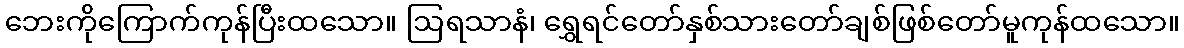
ဘေးကိုကြောက်ကုန်ပြီးထသော။ ဩရသာနံ၊ ရွှေရင်တော်နှစ်သားတော်ချစ်ဖြစ်တော်မူကုန်ထသော။